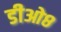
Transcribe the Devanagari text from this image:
डीओ८